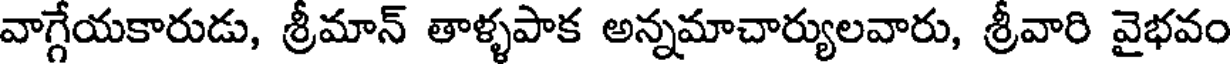
వాగ్గేయకారుడు, శ్రీమాన్ తాళ్ళపాక అన్నమాచార్యులవారు, శ్రీవారి వైభవం